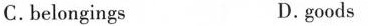
C. belongings D. goods